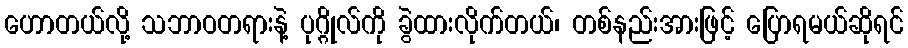
ဟောတယ်လို့ သဘာဝတရားနဲ့ ပုဂ္ဂိုလ်ကို ခွဲထားလိုက်တယ်၊ တစ်နည်းအားဖြင့် ပြောရမယ်ဆိုရင်